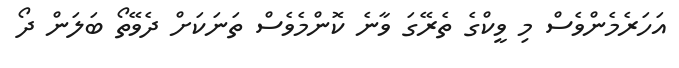
އަހަރެމެންވެސް މި ވީކްގެ ތެރޭގަ ވާނެ ކޮންމެވެސް ތަނަކަށް ދެވޭތޯ ބަލަން ދޯ